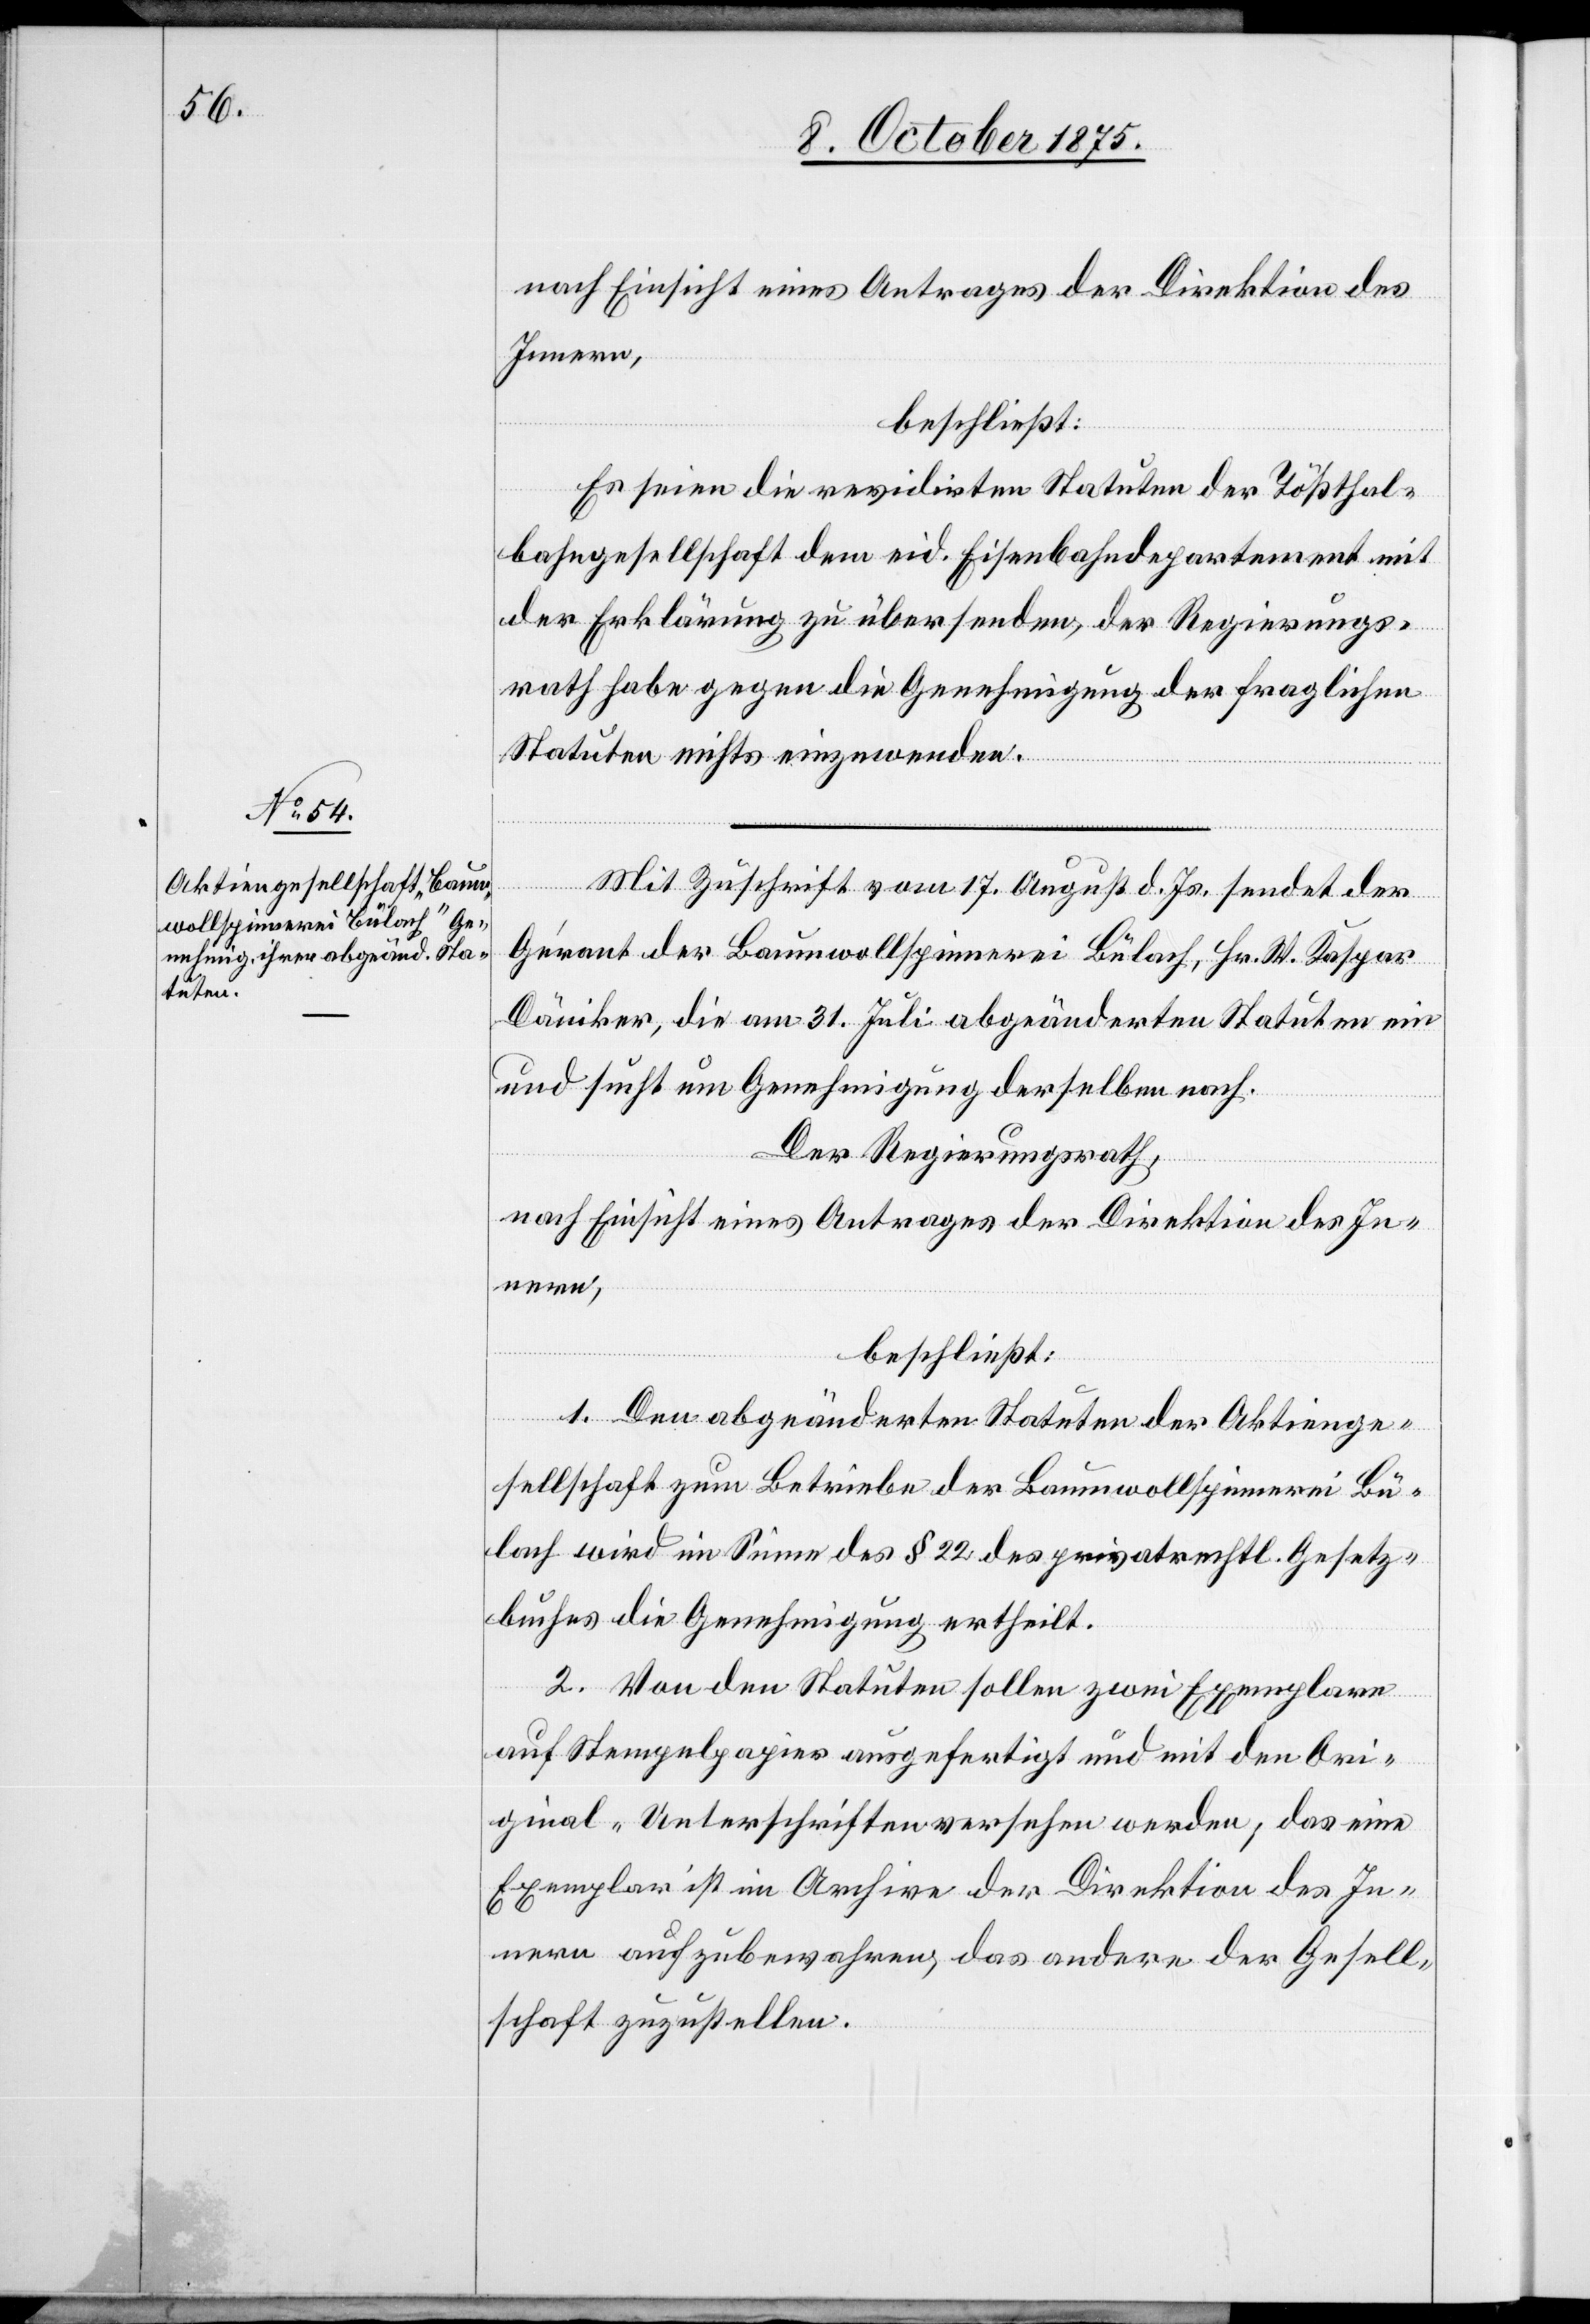
nach Einsicht eines Antrages der Direktion des
Innern,
beschließt:
Es seien die revidirten Statuten der Tößthal¬
bahngesellschaft dem eid. Eisenbahndepartement mit
der Erklärung zu übersenden, der Regierungs¬
rath habe gegen die Genehmigung der fraglichen
Statuten nichts einzuwenden.
Mit Zuschrift vom 17. August d. Js. sendet der
Gérant der Baumwollspinnerei Bülach, Hr. W. Kaspar
Däniker, die am 31. Juli abgeänderten Statuten ein
und sucht um Genehmigung derselben nach.
Der Regierungsrath,
1. Den abgeänderten Statuten der Aktienge¬
sellschaft zum Betriebe der Baumwollspinnerei Bü¬
lach wird im Sinne des § 22 des privatrechtl. Gesetz¬
buches die Genehmigung ertheilt.
2. Von den Statuten sollen zwei Exemplare
auf Stempelpapier ausgefertigt und mit den Ori¬
ginal-Unterschriften versehen werden, das eine
Exemplar ist im Archive der Direktion des In¬
nern aufzubewahren, das andere der Gesell¬
schaft zuzustellen.